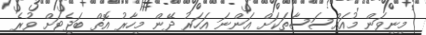
މިނިވަން މުއައްސަސާތަކަށް އަންނަ އަހަރު ދޭން މިހާރު އޮތް ބަޖެޓަށް ވުރެ